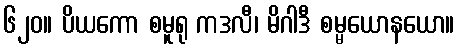
၆၂၀။ ပိယကော စမူရု ကဒလီ၊ မိဂါဒီ စမ္မယောနယော။